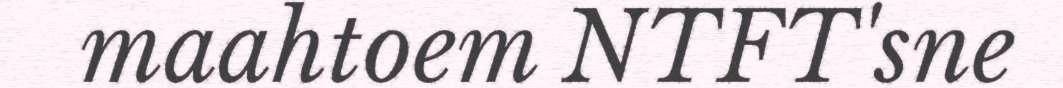
maahtoem NTFT'sne